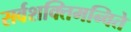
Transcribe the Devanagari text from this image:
सर्वशक्तिमन्विते